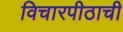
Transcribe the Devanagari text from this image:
विचारपीठाची